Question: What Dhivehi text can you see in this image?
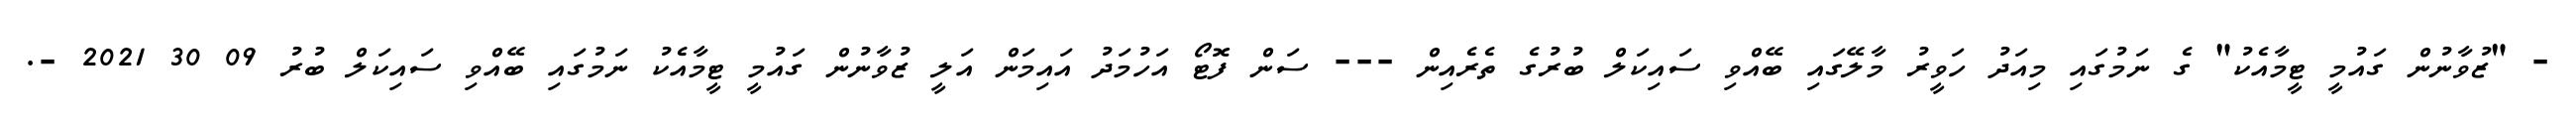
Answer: - "ޒުވާނުން ގައުމީ ޓީމާއެކު" ގެ ނަމުގައި މިއަދު ހަވީރު މާލޭގައި ބޭއްވި ސައިކަލް ބުރުގެ ތެރެއިން --- ސަން ފޮޓޯ އަހުމަދު އައިމަން އަލީ ޒުވާނުން ގައުމީ ޓީމާއެކު ނަމުގައި ބޭއްވި ސައިކަލް ބުރު 09 30 2021 -.